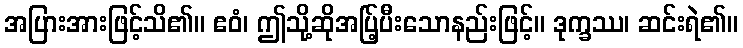
အပြားအားဖြင့်သိ၏။ ဧဝံ၊ ဤသို့ဆိုအပ်ြ့ပီးသောနည်းဖြင့်။ ဒုက္ခဿ၊ ဆင်းရဲ၏။